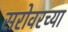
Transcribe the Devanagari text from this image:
सरोवरच्या